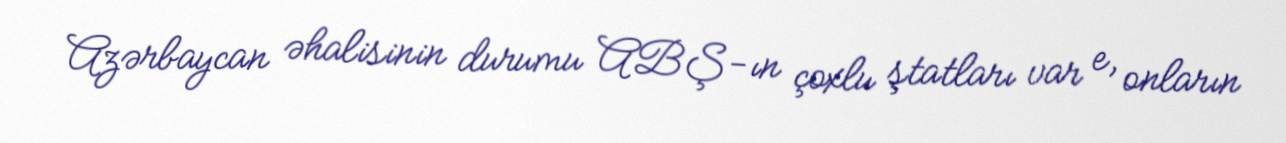
Azərbaycan əhalisinin durumu ABŞ-ın çoxlu ştatları var e, onların